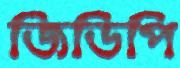
জিডিপি